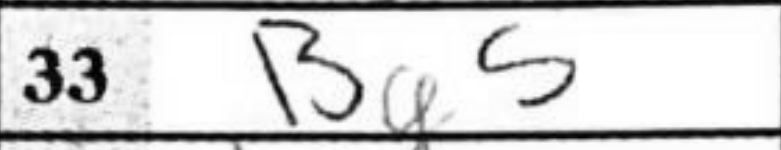
Transcription: Bg5